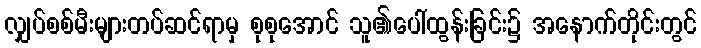
လျှပ်စစ်မီးများတပ်ဆင်ရာမှ စုစုအောင် သူ၏ပေါ်ထွန်းခြင်း၌ အနောက်တိုင်းတွင်